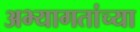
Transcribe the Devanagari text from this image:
अभ्यागतांच्या